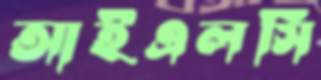
আইএলসি